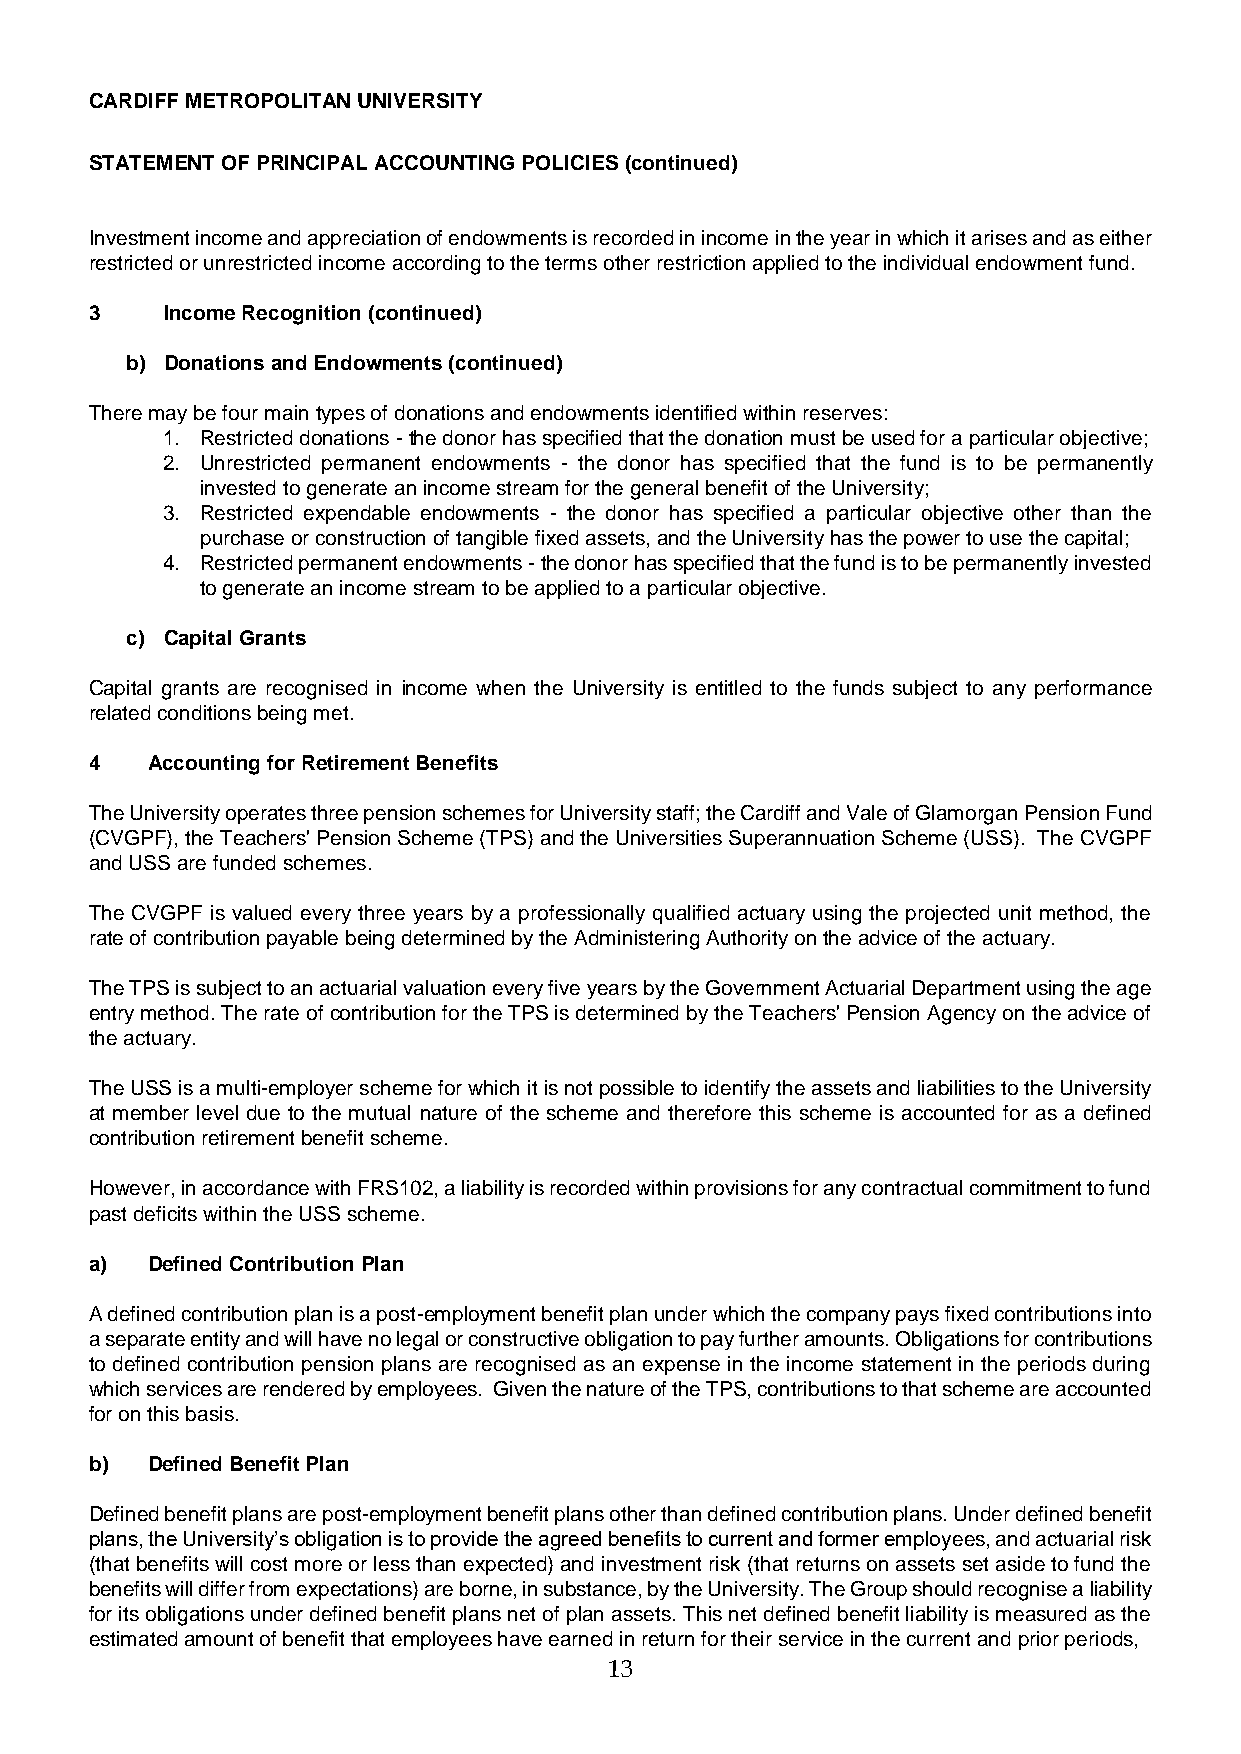
CARDIFF METROPOLITAN UNIVERSITY
 STATEMENT OF PRINCIPAL ACCOUNTING POLICIES (continued)
 Investment income and appreciation of endowments is recorded in income in the year in which it arises and as either
 restricted or unrestricted income according to the terms other restriction applied to the individual endowment fund.
 3    Income Recognition (continued)
 b) Donations and Endowments (continued)
 There may be four main types of donations and endowments identified within reserves:
 1. Restricted donations - the donor has specified that the donation must be used for a particular objective;
 2. Unrestricted permanent endowments - the donor has specified that the fund is to be permanently
 invested to generate an income stream for the general benefit of the University;
 3. Restricted expendable endowments - the donor has specified a particular objective other than the
 purchase or construction of tangible fixed assets, and the University has the power to use the capital;
 4. Restricted permanent endowments - the donor has specified that the fund is to be permanently invested
 to generate an income stream to be applied to a particular objective.
 c) Capital Grants
 Capital grants are recognised in income when the University is entitled to the funds subject to any performance
 related conditions being met.
 4   Accounting for Retirement Benefits
 The University operates three pension schemes for University staff; the Cardiff and Vale of Glamorgan Pension Fund
 (CVGPF), the Teachers' Pension Scheme (TPS) and the Universities Superannuation Scheme (USS). The CVGPF
 and USS are funded schemes.
 The CVGPF is valued every three years by a professionally qualified actuary using the projected unit method, the
 rate of contribution payable being determined by the Administering Authority on the advice of the actuary.
 The TPS is subject to an actuarial valuation every five years by the Government Actuarial Department using the age
 entry method. The rate of contribution for the TPS is determined by the Teachers' Pension Agency on the advice of
 the actuary.
 The USS is a multi-employer scheme for which it is not possible to identify the assets and liabilities to the University
 at member level due to the mutual nature of the scheme and therefore this scheme is accounted for as a defined
 contribution retirement benefit scheme.
 However, in accordance with FRS102, a liability is recorded within provisions for any contractual commitment to fund
 past deficits within the USS scheme.
 a)  Defined Contribution Plan
 A defined contribution plan is a post-employment benefit plan under which the company pays fixed contributions into
 a separate entity and will have no legal or constructive obligation to pay further amounts. Obligations for contributions
 to defined contribution pension plans are recognised as an expense in the income statement in the periods during
 which services are rendered by employees. Given the nature of the TPS, contributions to that scheme are accounted
 for on this basis.
 b)  Defined Benefit Plan
 Defined benefit plans are post-employment benefit plans other than defined contribution plans. Under defined benefit
 plans, the University’s obligation is to provide the agreed benefits to current and former employees, and actuarial risk
 (that benefits will cost more or less than expected) and investment risk (that returns on assets set aside to fund the
 benefits will differ from expectations) are borne, in substance, by the University. The Group should recognise a liability
 for its obligations under defined benefit plans net of plan assets. This net defined benefit liability is measured as the
 estimated amount of benefit that employees have earned in return for their service in the current and prior periods,
 13